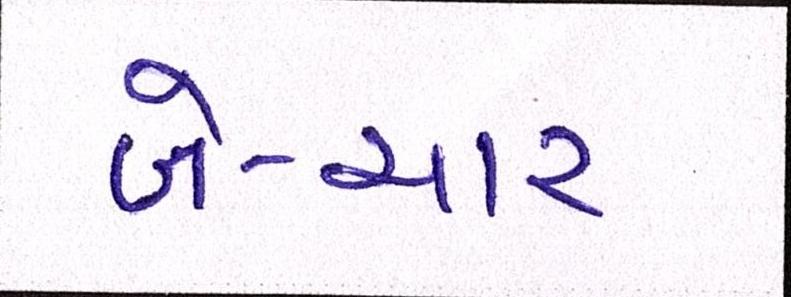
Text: બે-ચાર